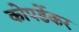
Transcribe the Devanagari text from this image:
कोपर्डेकर